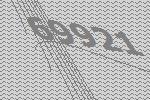
69921